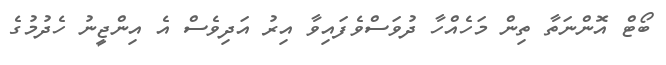
ބޯޓް އޮންނަތާ ތިން މަހެއްހާ ދުވަސްވެފައިވާ އިރު އަދިވެސް އެ އިންޖީނު ހެދުމުގެ